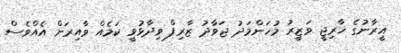
އީރާނުގެ ޚާރިޖީ ވަޒީރު މުހަންމަދު ޖަވާދު ޒާރިފް ވިދާޅުވީ ކަމެއް ވާއިރަށް އެއްވެސް